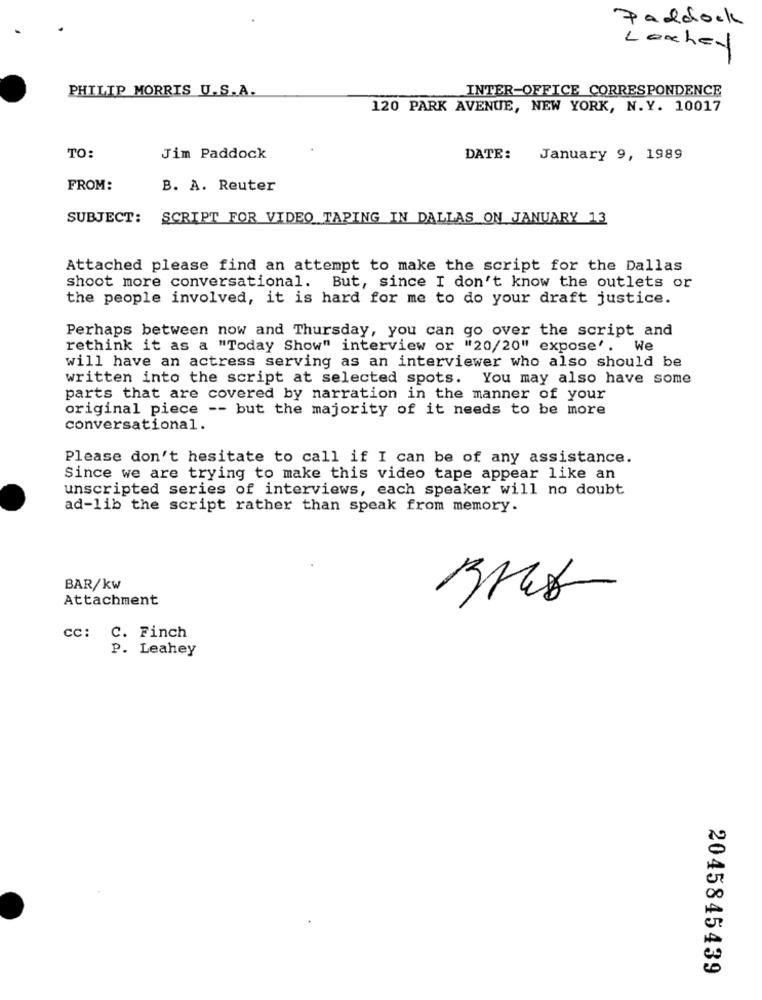
Paddock
Lechey
PHILIP MORRIS U.S.A.
INTER-OFFICE CORRESPONDENCE
120 PARK AVENUE, NEW YORK, N.Y. 10017
TO:
Jim Paddock
DATE:
January 9, 1989
FROM:
B. A. Reuter
SUBJECT:
SCRIPT FOR VIDEO TAPING IN DALLAS ON JANUARY 13
Attached please find an attempt to make the script for the Dallas
shoot more conversational. But, since I don't know the outlets or
the people involved, it is hard for me to do your draft justice.
Perhaps between now and Thursday, you can go over the script and
rethink it as a "Today Show" interview or "20/20" expose'. W
will have an actress serving as an interviewer who also should be
written into the script at selected spots. You may also have some
parts that are covered by narration in the manner of your
original piece -- but the majority of it needs to be more
conversational.
Please don't hesitate to call if I can be of any assistance.
Since we are trying to make this video tape appear like an
unscripted series of interviews, each speaker will no doubt
ad-lib the script rather than speak from memory.
BAR/kw
Attachment
cc: C. Finch
P. Leahey
2045845439